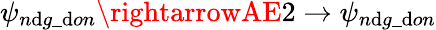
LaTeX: \psi_{n\mathrm{d}g\_ \mathrm{d}on}\rightarrowAE2\rightarrow\psi_{n\mathrm{d}g\_ \mathrm{d}on}